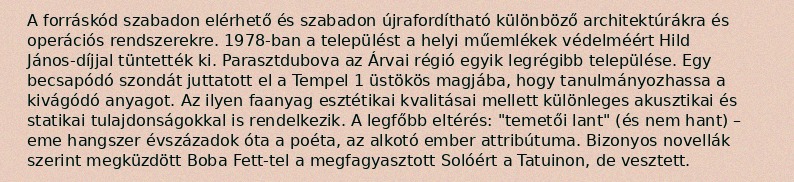
A forráskód szabadon elérhető és szabadon újrafordítható különböző architektúrákra és operációs rendszerekre. 1978-ban a települést a helyi műemlékek védelméért Hild János-díjjal tüntették ki. Parasztdubova az Árvai régió egyik legrégibb települése. Egy becsapódó szondát juttatott el a Tempel 1 üstökös magjába, hogy tanulmányozhassa a kivágódó anyagot. Az ilyen faanyag esztétikai kvalitásai mellett különleges akusztikai és statikai tulajdonságokkal is rendelkezik. A legfőbb eltérés: "temetői lant" (és nem hant) – eme hangszer évszázadok óta a poéta, az alkotó ember attribútuma. Bizonyos novellák szerint megküzdött Boba Fett-tel a megfagyasztott Solóért a Tatuinon, de vesztett.